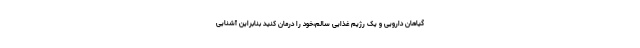
گیاهان دارویی و یک رژیم غذایی سالم،خود را درمان کنید بنابراین آشنایی